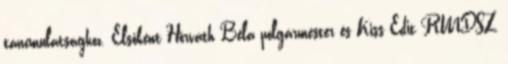
táncmulatsághoz. Elsőként Horváth Béla polgármester és Kiss Edit RMDSZ